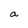
Character: a